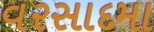
વરસાદમા